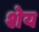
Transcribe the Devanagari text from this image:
शेय